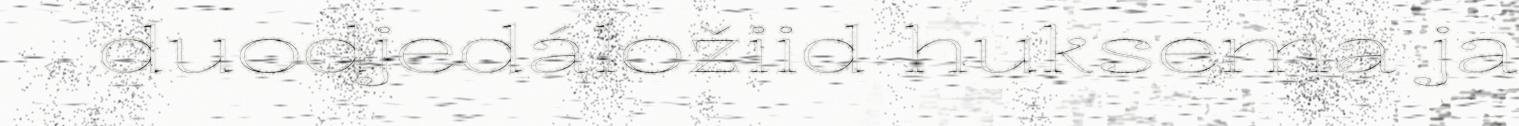
duodjedáložiid huksema ja